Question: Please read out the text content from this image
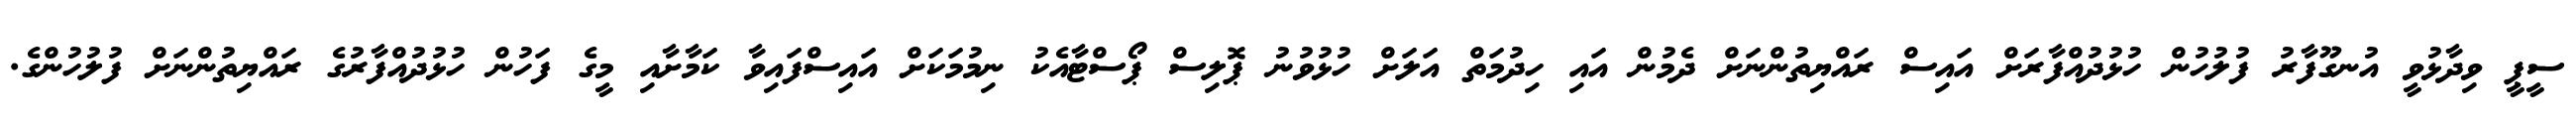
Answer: ސީޕީ ވިދާޅުވީ އުނގޫފާރު ފުލުހުން ހުޅުދުއްފާރަށް އައިސް ރައްޔިތުންނަށް ދެމުން އައި ހިދުމަތް އަލަށް ހުޅުވުނު ޕޮލިސް ޕޯސްޓާއެކު ނިމުމަކަށް އައިސްފައިވާ ކަމާށާއި މީގެ ފަހުން ހުޅުދުއްފާރުގެ ރައްޔިތުންނަށް ފުލުހުންގެ.